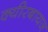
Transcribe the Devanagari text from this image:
क्यीरबायज